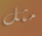
مثل